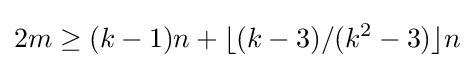
2m\geq (k-1)n+\lfloor (k-3)/(k^{2}-3)\rfloor n